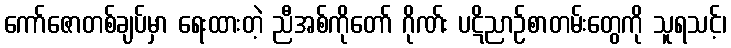
ကော်ဇောတစ်ချပ်မှာ ရေးထားတဲ့ ညီအစ်ကိုတော် ဂိုဏ်း ပဋိညာဉ်စာတမ်းတွေကို သူရသင့်၊